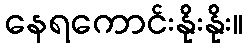
နေရကောင်းနိုးနိုး။